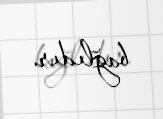
bağlıdır.